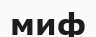
миф